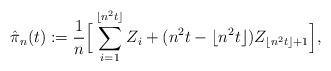
LaTeX: \begin{align*}\hat{\pi}_{n}(t):=\dfrac{1}{n}\Big [\sum_{i=1}^{\lfloor n^{2}t\rfloor}Z_{i}+(n^{2}t-\lfloor n^{2}t\rfloor)Z_{\lfloor n^{2}t\rfloor+1}\Big ],\end{align*}